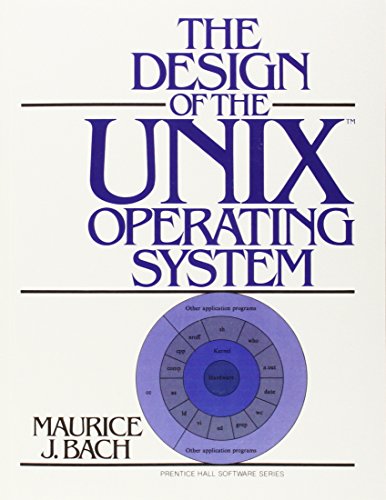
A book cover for The Design of the UNIX Operating System; Maurice J. Bach; Computers & Technology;